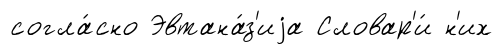
согла́сно Эвтана́з'иjа Словар'и́ н'их